Scottish Leaving Certificate Examination, 1953
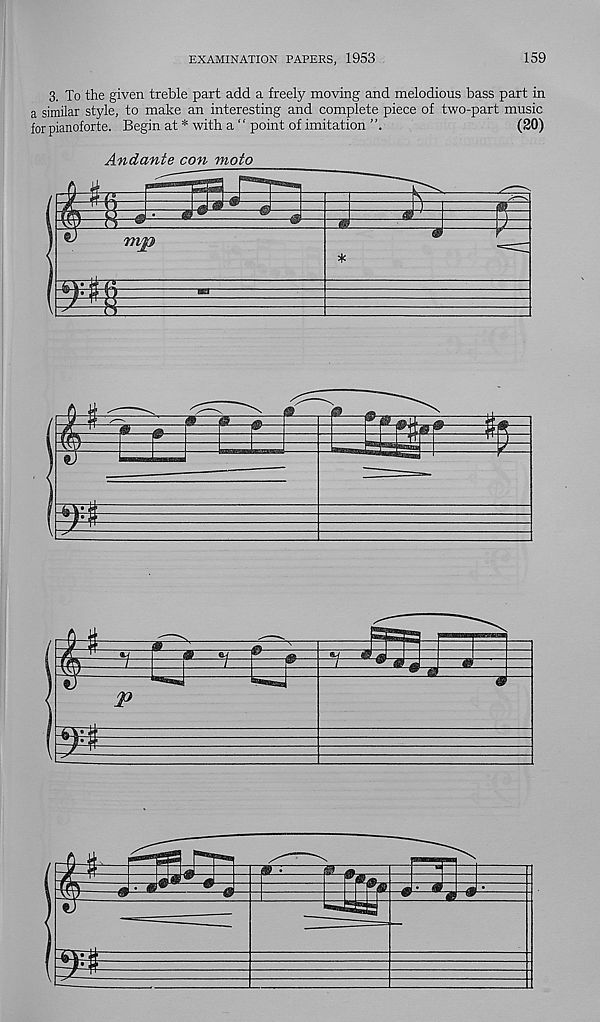
EXAMINATION PAPERS, 1953
159
3. To the given treble part add a freely moving and melodious bass part in
a similar style, to make an interesting and complete piece of two-part music
for pianoforte. Begin at * with a ‘ ‘ point of imitation
(20)
Andante con moto